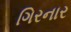
ગિરનાર